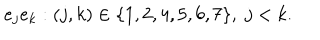
e _ { j } e _ { k } : ( j , k ) \in \{ 1 , 2 , 4 , 5 , 6 , 7 \} , \; j < k .